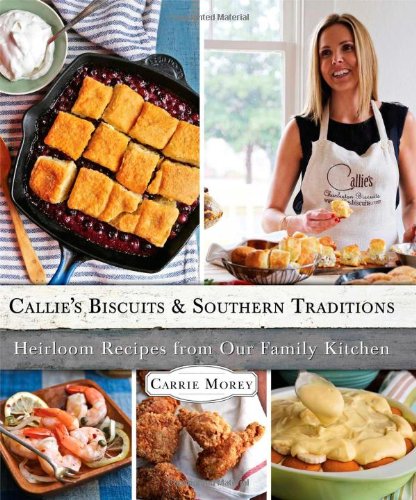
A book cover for Callie's Biscuits and Southern Traditions: Heirloom Recipes from Our Family Kitchen; Carrie Morey; Cookbooks, Food & Wine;